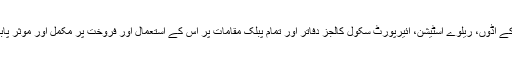
ٹرانسپورٹ اور ان کے اڈوں، ریلوے اسٹیشن، ائیرپورٹ سکول کالجز دفاتر اور تمام پبلک مقامات پر اس کے استعمال اور فروخت پر مکمل اور موثر پابندی عائد کی جائے۔